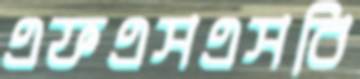
এফএসএসবি